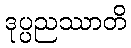
ဒုပ္ပညဿာတိ